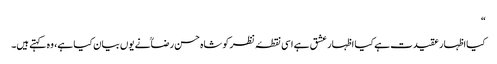
“
کیااظہار عقیدت ہے کیا اظہار عشق ہے اسی نقطۂ نظر کو شاہ حسن رضاؒنے یوں بیان کیا ہے، وہ کہتے ہیں۔